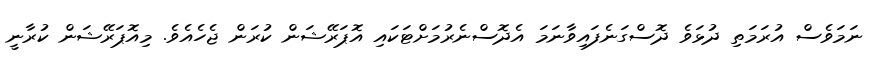
ނަމަވެސް އުރަމަތި ދުޅަވެ ދޮސްގަނެފައިވާނަމަ އެދޮސްނެރުމަށްޓަކައި އޮޕަރޭޝަން ކުރަން ޖެހެއެވެ. މިއޮޕަރޭޝަން ކުރާނީ